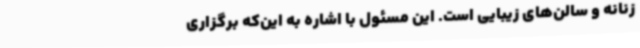
زنانه و سالن‌های زیبایی است. این مسئول با اشاره به این‌که برگزاری